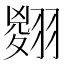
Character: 𦑨